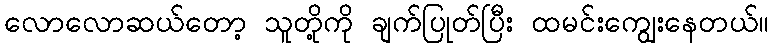
လောလောဆယ်တော့ သူတို့ကို ချက်ပြုတ်ပြီး ထမင်းကျွေးနေတယ်။